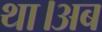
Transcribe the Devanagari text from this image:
था।अब